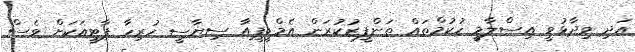
އަދި ވިދާޅުވީ އިސްލާމީ ހުކުމްތައް ތަންފީޒުކުރަން އެމްޑީޕީއާ ސިޔާސީ ހުރިހާ ޕާޓީއަކަށް ވެސް